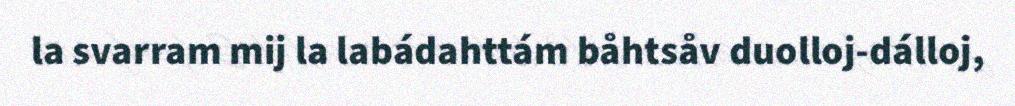
la svarram mij la labádahttám båhtsåv duolloj-dálloj,